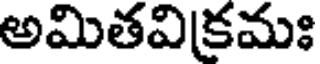
అమితవికమః